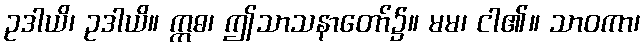
ဥဒါယိ၊ ဥဒါယိ။ ဣဓ၊ ဤသာသနာတော်၌။ မမ၊ ငါ၏။ သာဝကာ၊